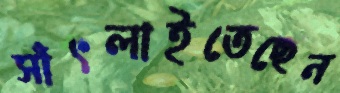
সাঁৎলাইতেছেন